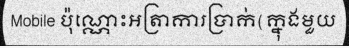
Mobile ប៉ុណ្ណោះអត្រាការប្រាក់(ក្នុងមួយ